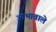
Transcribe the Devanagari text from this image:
आभावाले